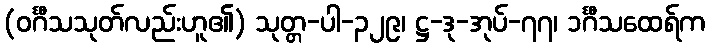
(ဝင်္ဂီသသုတ်လည်းဟူ၏) သုတ္တ-ပါ-၃၂၉၊ ဋ္ဌ-ဒု-အုပ်-၇၇၊ ၁င်္ဂီသထေရ်က